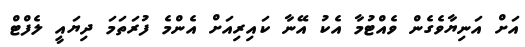
އަށް އަނިޔާވެގެން ވެއްޓުމާ އެކު އޭނާ ކައިރިއަށް އެންމެ ފުރަތަމަ ދިޔައީ ލެފްޓް